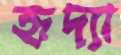
হৃদ্যা